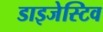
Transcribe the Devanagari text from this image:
डाइजेस्टिव